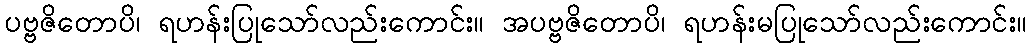
ပဗ္ဗဇိတောပိ၊ ရဟန်းပြုသော်လည်းကောင်း။ အပဗ္ဗဇိတောပိ၊ ရဟန်းမပြုသော်လည်းကောင်း။